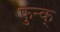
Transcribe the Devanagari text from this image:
फुन्क्